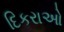
દિકરાઓ